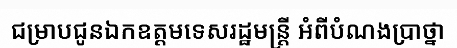
ជម្រាបជូនឯកឧត្តមទេសរដ្ឋមន្ត្រី អំពីបំណងប្រាថ្នា